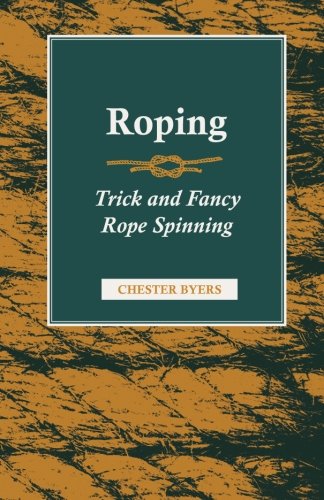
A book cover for Roping - Trick and Fancy Rope Spinning; Chester Byers; Crafts, Hobbies & Home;